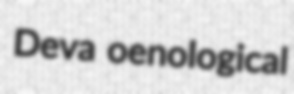
Deva oenological